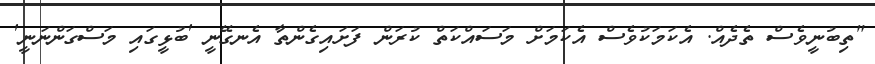
"ތިބުނީވެސް ތެދެއް. އެކަމަކުވެސް އެކަމަށް މަސައްކަތް ކުރަން ފަށައިގެންތާ އެނގޭނީ 'ބުޅީގައި މަސްގަންނަނީ'